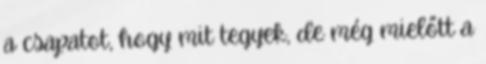
a csapatot, hogy mit tegyek, de még mielőtt a